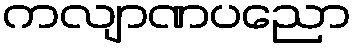
ကလျာဏပညော